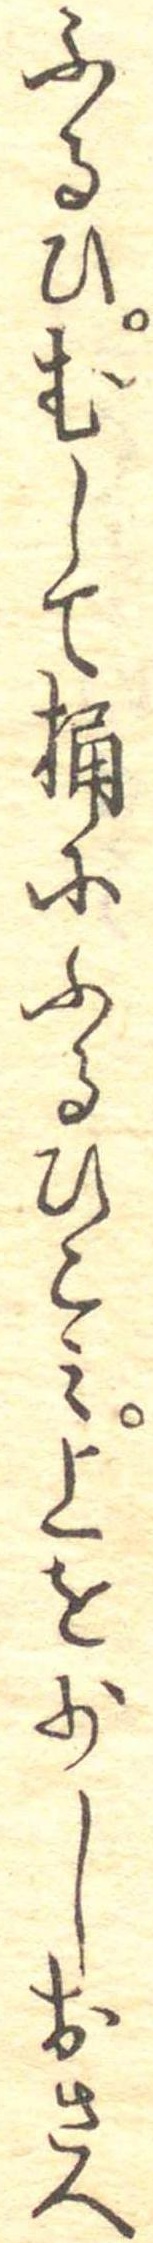
ふるひむして桶にふるひこみ上を少しおさへ